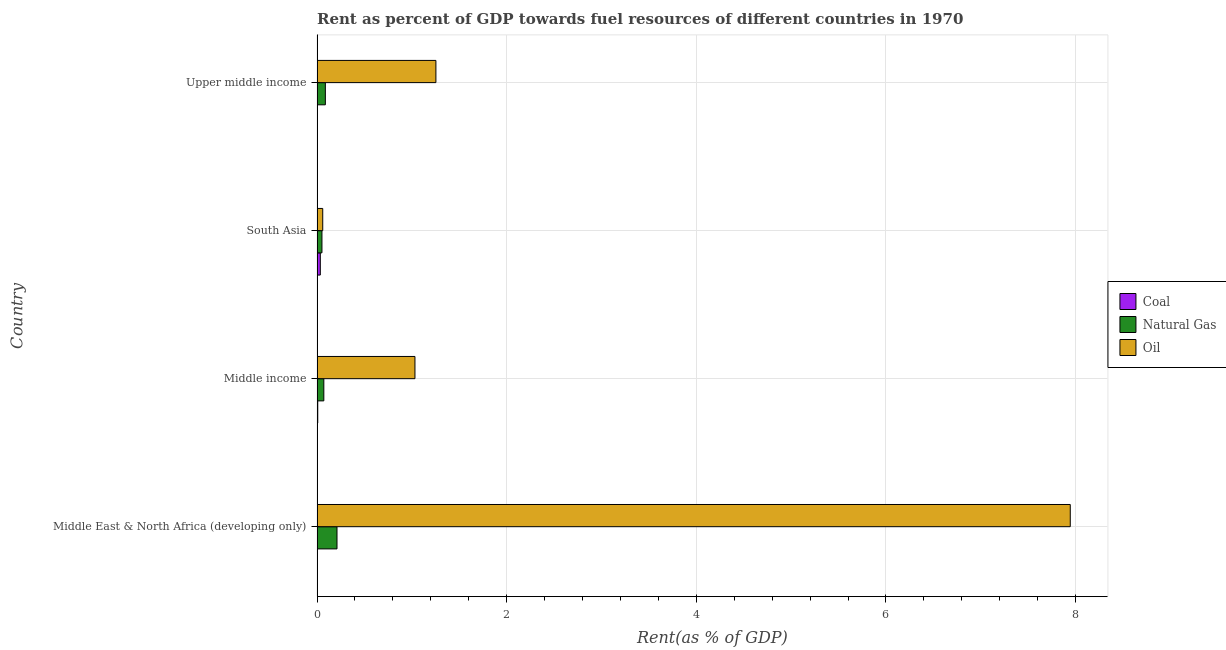
| Country | Coal | Natural Gas | Oil |
 | --- | --- | --- | --- |
 | Middle East & North Africa (developing only) | 0.000822 | 0.21 | 7.94 |
 | Middle income | 0.00742 | 0.0715 | 1.03 |
 | South Asia | 0.0344 | 0.0516 | 0.0599 |
 | Upper middle income | 0.000184 | 0.0876 | 1.25 |